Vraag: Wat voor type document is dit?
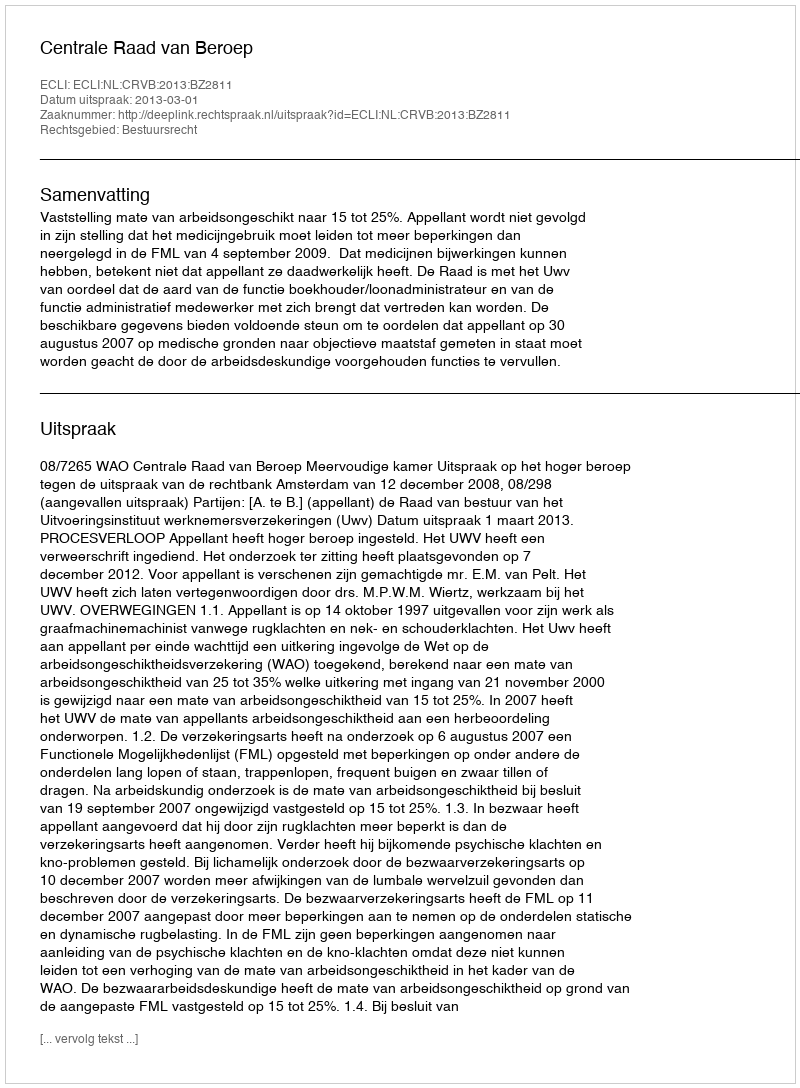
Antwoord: Uitspraak